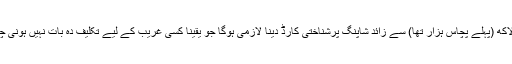
ایک لاکھ (پہلے پچاس ہزار تھا) سے زائد شاپنگ پرشناختی کارڈ دینا لازمی ہوگا جو یقیناً کسی غریب کے لیے تکلیف دہ بات نہیں ہونی چاہیے۔